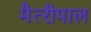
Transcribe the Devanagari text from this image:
मैत्‍रीपाल